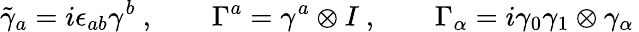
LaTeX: \tilde{\gamma}_{a}=i\epsilon_{ab}\gamma^{b}\ ,\qquad\Gamma^{a}=\gamma^{a}\otimes I\ ,\qquad\Gamma_{\alpha}=i\gamma_{0}\gamma_{1}\otimes\gamma_{\alpha}\,